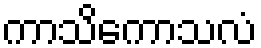
ကာသိကောသလံ